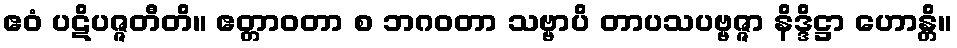
ဧဝံ ပဋိပဇ္ဇတီတိ။ ဧတ္တာဝတာ စ ဘဂဝတာ သဗ္ဗာပိ တာပသပဗ္ဗဇ္ဇာ နိဒ္ဒိဋ္ဌာ ဟောန္တိ။